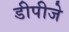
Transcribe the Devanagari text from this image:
डीपीजे